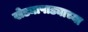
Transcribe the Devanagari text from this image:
खेड्यापाड्याच्या